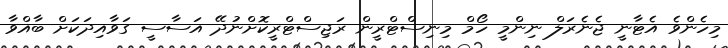
މިހެންވެ އެޓާނީ ޖެނެރަލް ނިންމީ ހޯމް މިނިސްޓްރީން ރަޖިސްޓްރީކޮށްނުދޭ އަސާސީ ގަވާއިދަކަށް ބާއްވާ